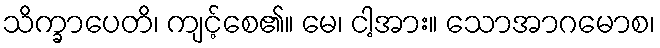
သိက္ခာပေတိ၊ ကျင့်စေ၏။ မေ၊ ငါ့အား။ သောအာဂမောစ၊